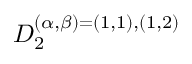
D _ { 2 } ^ { ( \alpha , \beta ) = ( 1 , 1 ) , ( 1 , 2 ) }